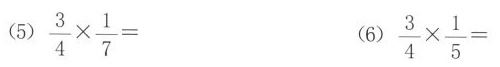
（5）$$\frac { 3 } { 4 } \times \frac { 1 } { 7 } =$$ （6）$$\frac { 3 } { 4 } \times